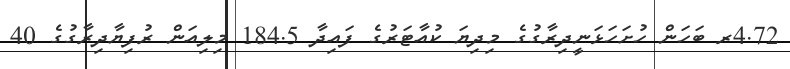
4.72ރ ބަހަން ހުށަހަޅަނީދިރާގުގެ މިދިޔަ ކުއާޓަރުގެ ފައިދާ 184.5 މިލިއަން ރުފިޔާދިރާގުގެ 40